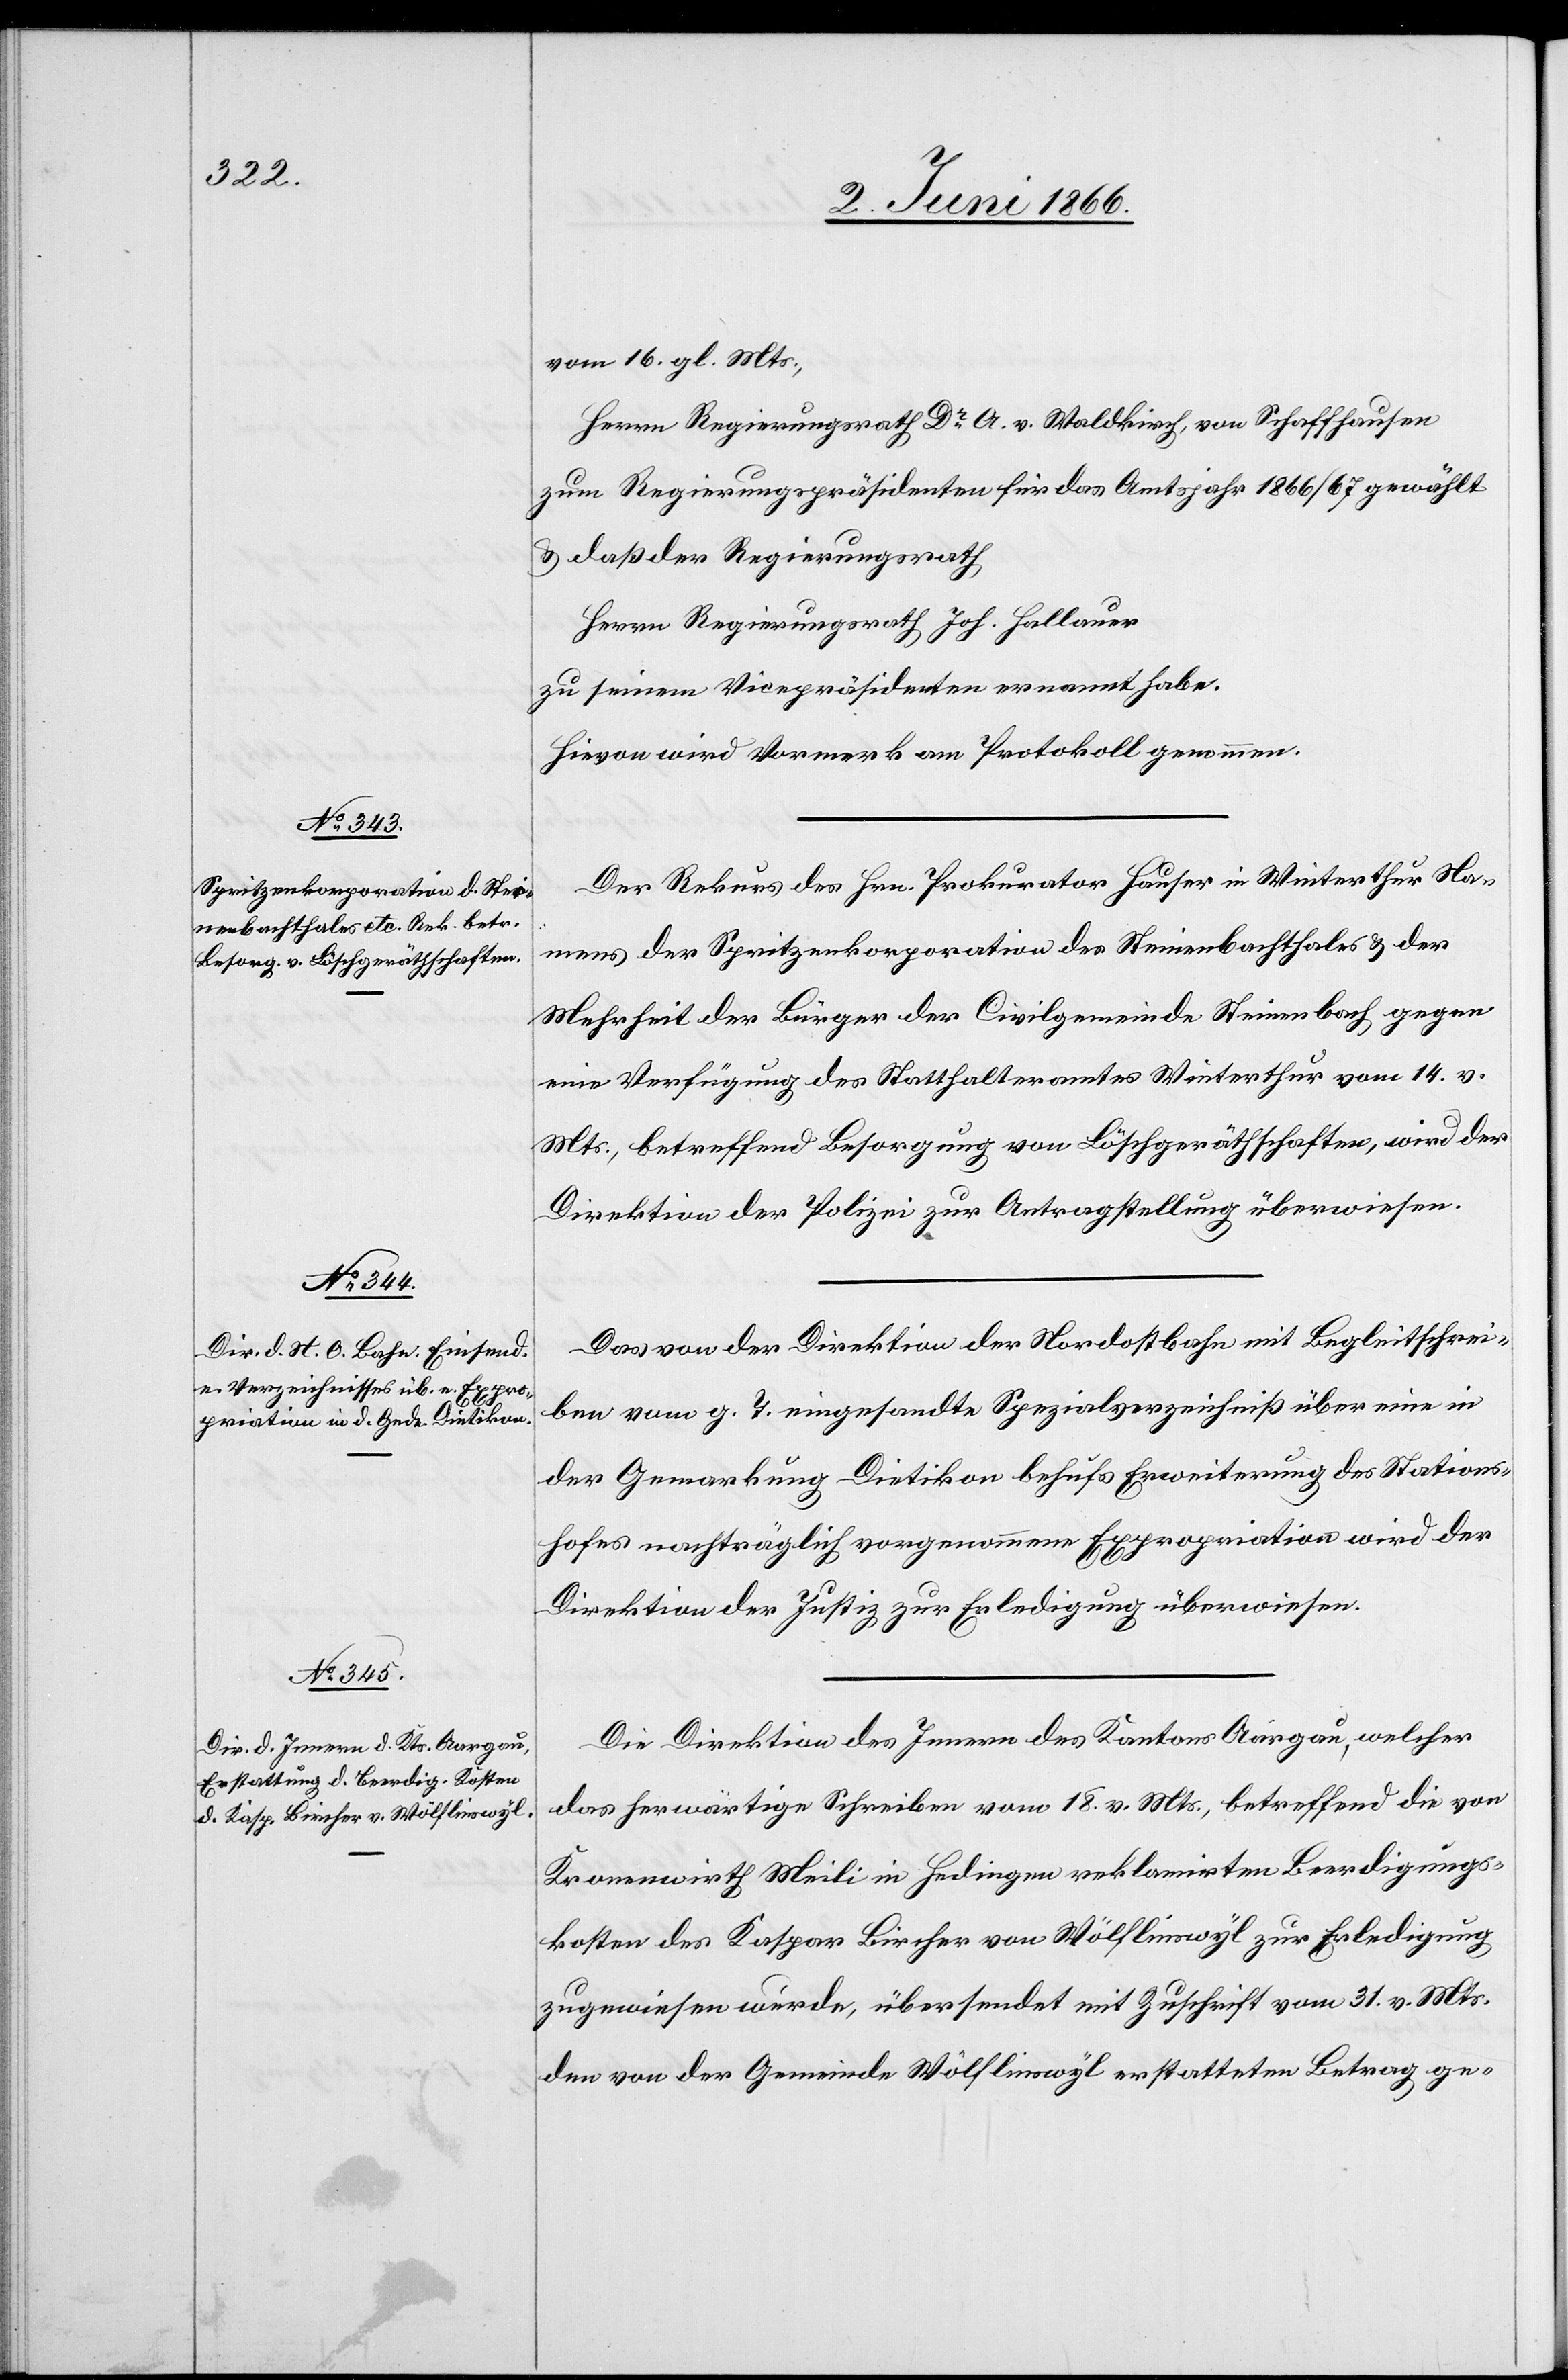
2. Juni 1866.]
vom 16. gl. Mts.,
Herrn Regierungsrath Dr. A. v. Waldkirch, von Schaffhausen
zum Regierungspräsidenten für das Amtsjahr 1866/67 gewählt
u. daß der Regierungsrath
Herrn Regierungsrath Joh. Hallauer
zu seinem Vicepräsidenten ernannt habe.
Hievon wird Vormerk am Protokoll genommen.
Der Rekurs des Hrn. Prokurator Hauser in Winterthur Na¬
mens der Spritzenkorporation des Steinenbachthales u. der
Mehrheit der Bürger der Civilgemeinde Steinenbach gegen
eine Verfügung des Statthalteramtes Winterthur vom 14. v.
Mts., betreffend Besorgung von Löschgeräthschaften, wird der
Direktion der Polizei zur Antragstellung überwiesen.
Das von der Direktion der Nordostbahn mit Begleitschrei¬
ben vom g. T. eingesandte Spezialverzeichniß über eine in
der Gemarkung Dietikon behufs Erweiterung des Stations¬
hofes nachträglich vorgenommene Expropriation wird der
Direktion der Justiz zur Erledigung überwiesen.
Die Direktion des Innern des Kantons Aargau, welcher
das herwärtige Schreiben vom 18. v. Mts., betreffend die von
Kronenwirth Meili in Hedingen reklamirte Beerdigungs¬
kosten des Kaspar Bircher vom Wölflinswyl zur Erledigung
zugewiesen wurde, übersendet mit Zuschrift vom 31. v. Mts.
den von der Gemeinde Wölflinswyl erstatteten Betrag ge-